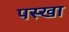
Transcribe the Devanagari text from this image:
पस्खा